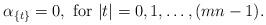
LaTeX: \begin{align*}\alpha_{\{t\}} = 0, \ \mbox{for} \ |t|=0,1,\ldots ,(mn-1).\end{align*}